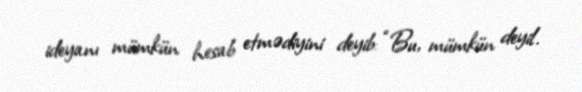
ideyanı mümkün hesab etmədiyini deyib: “Bu, mümkün deyil.